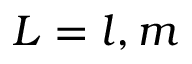
L = l , m